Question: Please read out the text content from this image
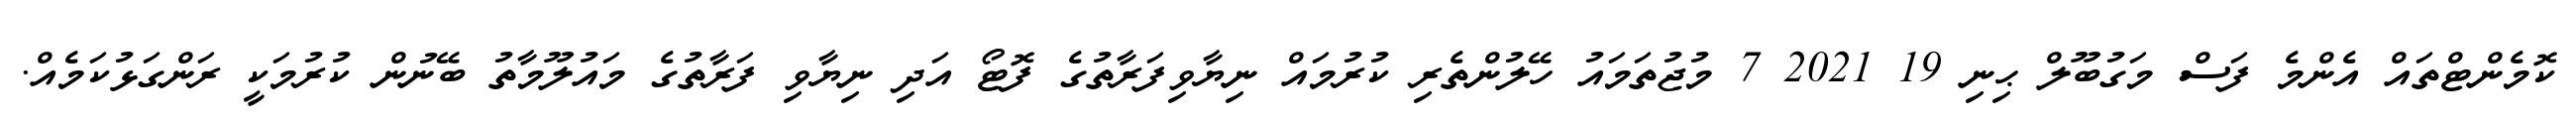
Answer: ކޮމެންޓްތައް އެންމެ ފަސް މަގުބޫލް ޙިނި 19 2021 7 މުޖުތަމައު ހޭލުންތެރި ކުރުމައް ނިޔާވިފަރާތުގެ ފޮޓޯ އަދި ނިޔާވި ފަރާތުގެ މައުލޫމާތު ބޭނުން ކުރުމަކީ ރަންގަޅުކަމެއް.